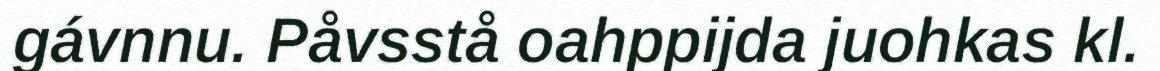
gávnnu. Påvsstå oahppijda juohkas kl.